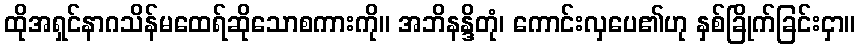
ထိုအရှင်နာဂသိန်မထေရ်ဆိုသောစကားကို။ အဘိနန္ဒိတုံ၊ ကောင်းလှပေ၏ဟု နှစ်ခြိုက်ခြင်းငှာ။